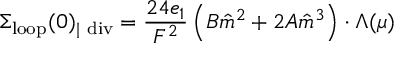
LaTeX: \Sigma _ { \mathrm { l o o p } } ( 0 ) _ { | \ \mathrm { d i v } } = { \frac { 2 4 e _ { 1 } } { F ^ { 2 } } } \left( B \hat { m } ^ { 2 } + 2 A \hat { m } ^ { 3 } \right) \cdot \Lambda ( \mu )